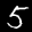
Label: 5